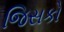
જિસકો